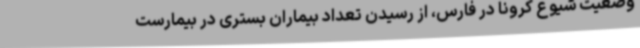
وضعیت شیوع کرونا در فارس، از رسیدن تعداد بیماران بستری در بیمارست